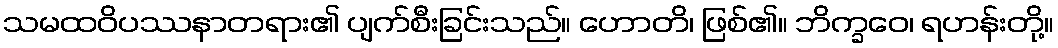
သမထဝိပဿနာတရား၏ ပျက်စီးခြင်းသည်။ ဟောတိ၊ ဖြစ်၏။ ဘိက္ခဝေ၊ ရဟန်းတို့။